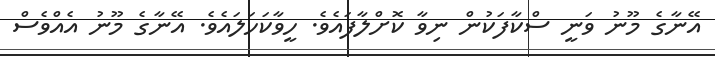
އޭނާގެ މޫނު ވަނީ ސްކާފަކުން ނިވާ ކޮށްލާފައެވެ. ހީވާކަހަލައެވެ. އޭނާގެ މޫނު އެއްވެސް